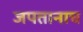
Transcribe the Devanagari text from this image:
जपतानाच